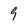
Character: 9